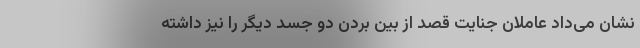
نشان می‌داد عاملان جنایت قصد از بین بردن دو جسد دیگر را نیز داشته